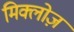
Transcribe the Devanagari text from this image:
मिक्लोज़